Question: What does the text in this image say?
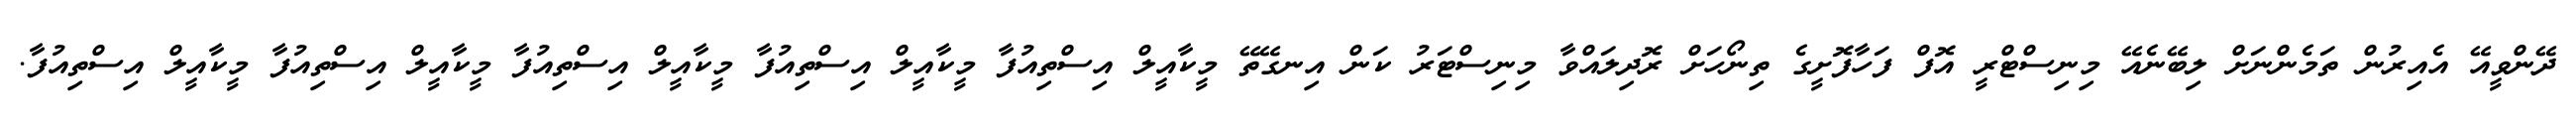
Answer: ދޭންވީއޭ އެއިރުން ތަމެންނަށް ލިބޭނެއޭ މިނިސްޓްރީ އޮފް ފަހާފޮށީގެ ތިނޯހަށް ރޮދިލައްވާ މިނިސްޓަރު ކަން އިނގޭތޭ މީކާއީލް އިސްތިއުފާ މީކާއީލް އިސްތިއުފާ މީކާއީލް އިސްތިއުފާ މީކާއީލް އިސްތިއުފާ މީކާއީލް އިސްތިއުފާ.